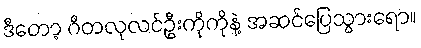
ဒီတော့ ဂီတလုလင်ဦးကိုကိုနဲ့ အဆင်ပြေသွားရော။